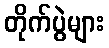
တိုက်ပွဲများ